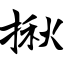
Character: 揪